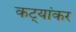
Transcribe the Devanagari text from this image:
कट्यांकर